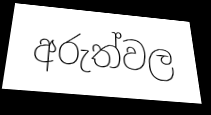
අරුත්වල